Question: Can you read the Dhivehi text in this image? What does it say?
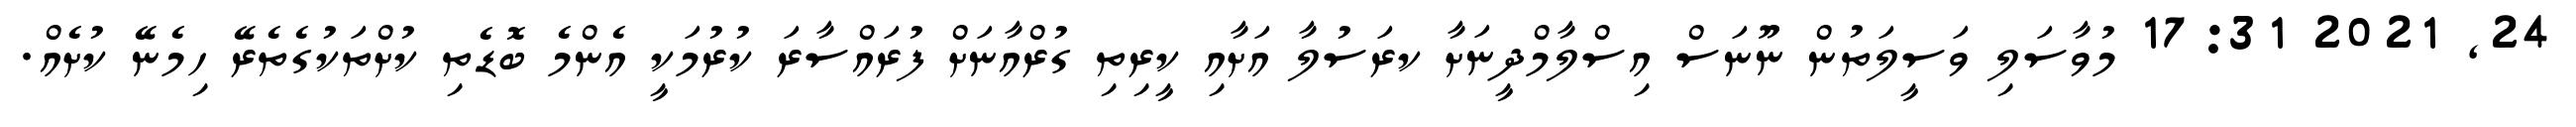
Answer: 24, 2021 17:31 މުވާސަލި ވަސީލަތުން ނޫނަސް އިސްލާމްދީނަށާ ކރަސުލާ އަށާއި ކީރިތި ގުރްއާނަށް ފުރައްސާރަ ކުރުމަކީ އެންމެ ބޮޑެތި ކުށްތަކުގެތެރޭ ހިމެނޭ ކުށެއް.